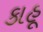
કાહૂ